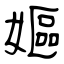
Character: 嫗